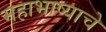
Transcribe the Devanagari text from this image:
महाभाष्याचे